Rapla_vallavalitsus, lk 12
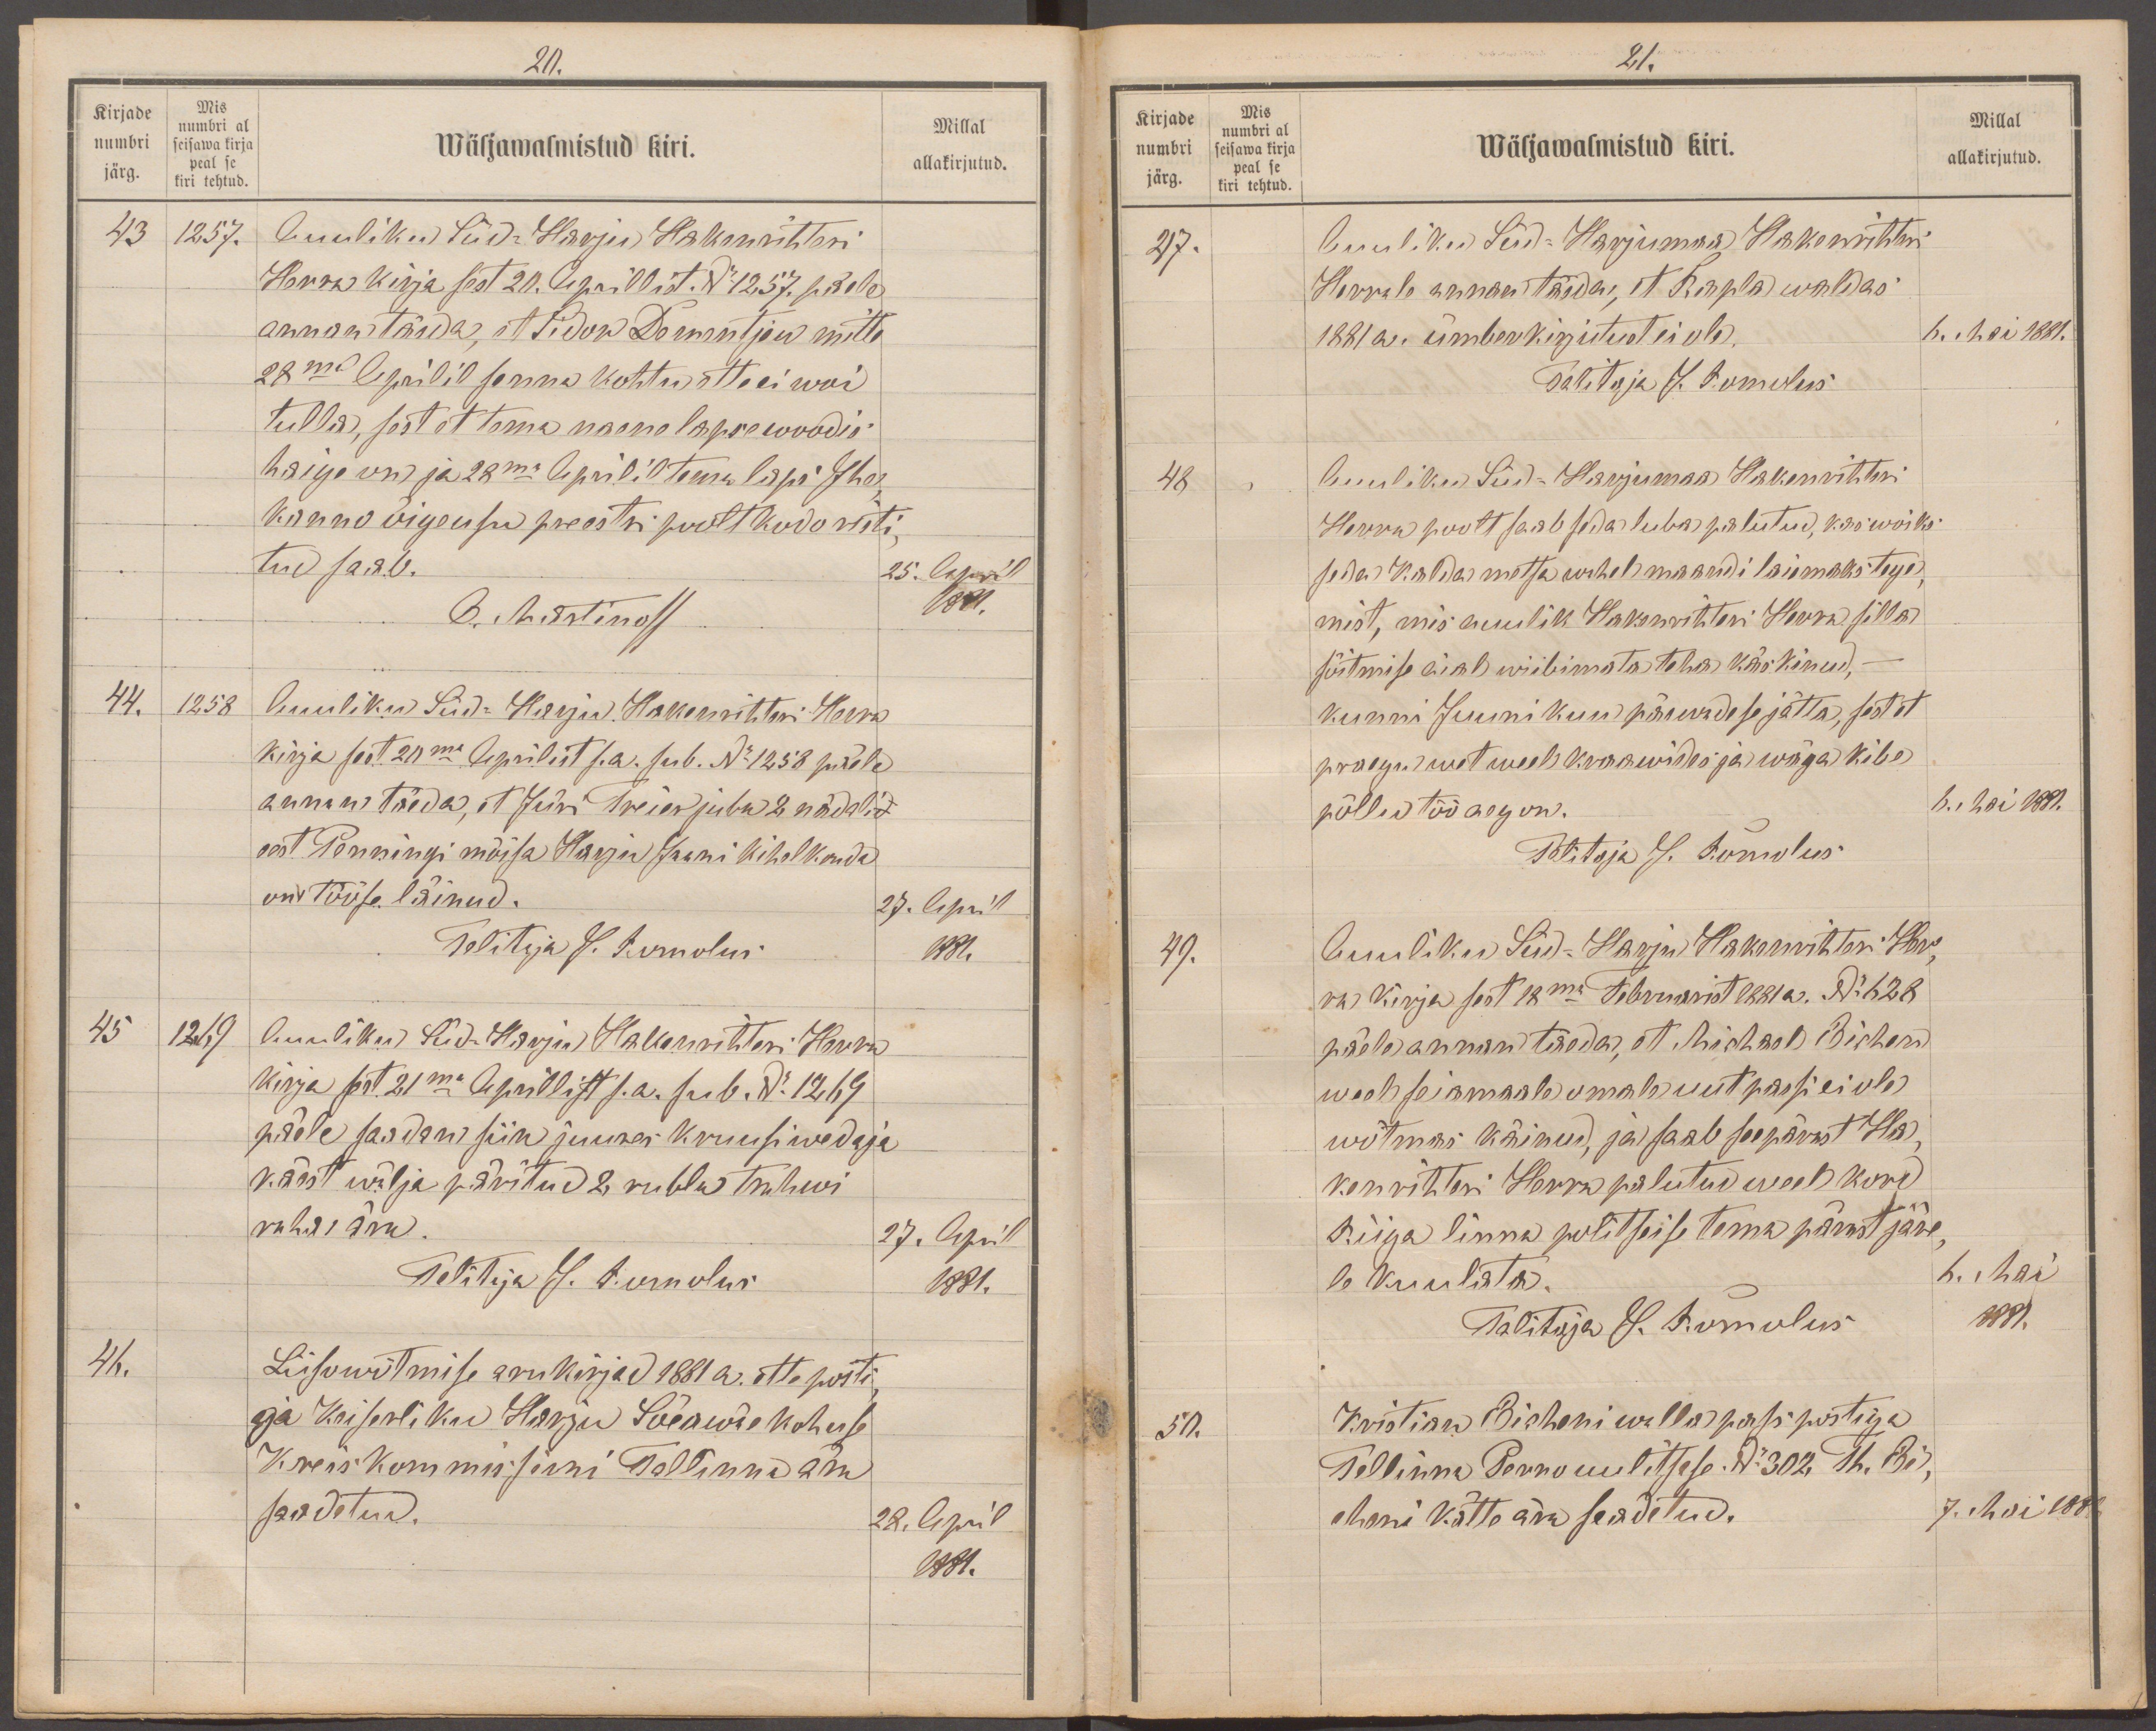
20.
Kirjade
Mis
numbri al
numbri
seisawa kirja
Wäljawalmistud kiri.
Millal
peal se
järg.
allakirjutud.
kiri tehtud
43
1257.
Auuliku Süd-Harju Hakenrihteri
Herra kirja sest 20. Aprillist. No 1257 päele
annan täeda, et Sidor Doementjew mitte
28mal Aprilil senna kohtu ette ei woi
tulla, sest et tema naene lapse woodis
haige on ja 28ma Aprillil tema laps 7 har-
konno õigeusu preestri poolt kodo risti
tud saab.
25. April
O. Martinoff
1881.
44.
1258
Auuliku Süd-Harju Hakenrihteri Herra
kirja sest 21ma Aprilist s.a. sub. No 1258 pääle
annan täeda, et Jüri Treier juba 2 nädali
eest Penningi mõisa Harju Jaani Kihelkonda
on tööse läinud.
27. April
Talitaja J. Romolus
1881
45.
1269
Auuliku Süd-Harju Hakenrihteri Herra
kirja sest 21ma Aprillist s.a. sub. Ru 1269
päele saadan siin juures kruusiwedaja
käest wälja päritud 2 rubla trahwi
raha ära.
27. April
Talitaja J. Romolus
1881.
41.
Liisowõtmise arukirjad 1881 a. ette posti
ja Keiserliku Harju Sõeawäe kohuse
Kreis Kommisioni Tallinna ära
saadetud.
28. April
1881.

21.
Kirjade
Mis
Millal
numbri al
numbri
Wäljawalmistud kiri.
allakirjutud.
seisawa kirja
peal se
järg.
kiri tehtud
217.
Auuliku Süd-Harju Hakenrihteri
Herrale annan täeda, et Rapla waldas
1881 a. ümberkirjutud ei ole.
6. Mai 1881.
Talitaja J. Romolus
48
Auuliku Süd-Harju Hakenrihteri
Herra poolt saab seda luba palutud, kas woiks
seda Kalda metsa wahel maandi laiemaks tege
mist, mis auulik Hakenrihteri Herra silla
sõitmise aial wiibimata teha käskinud,-
kunni Juuni kuu päewadese jätta, sest et
praegu wet weel kraawides ja wäga kibe
põllu töö aeg on.
6. Mai 1881.
Talitaja J. Romolus
49.
Auuliku Süd-Harju Hakenrihteri Her-
ra kirja sest 18ma Februarist 1881 a. No 628
päele annan teada, et Michael Bichen
weel seiamaale omale uut passi ei ole
wõtmas käinud, ja saab seepärast Ha-
kenriteri Herra palutud weel kord
Riiga linna politseise tema pärast järe-
le kuulata.
6. Mai
Talitaja J. Romolus
1881.
52.
Kristian Bicheni walla pass postiga
Tellinna Perno uulitsase No 302 Th. Bi,
cheni kätte ära saadetud.
7. Mai 1881